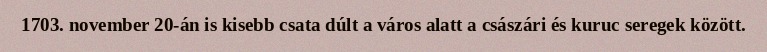
1703. november 20-án is kisebb csata dúlt a város alatt a császári és kuruc seregek között.